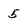
Character: 5